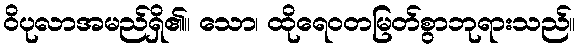
ဝိပုလာအမည်ရှိ၏။ သော၊ ထိုရေဝတမြတ်စွာဘုရားသည်။